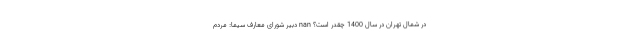
در شمال تهران در سال 1400 چقدر است؟ nan دبیر شورای معارف سیما: مردم